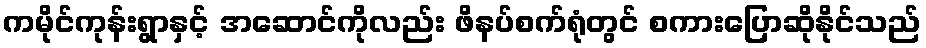
ကမိုင်ကုန်းရွာနှင့် အဆောင်ကိုလည်း ဖိနပ်စက်ရုံတွင် စကားပြောဆိုနိုင်သည်